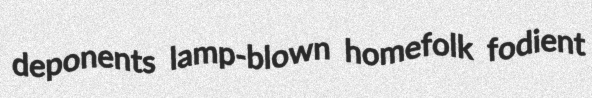
deponents lamp-blown homefolk fodient